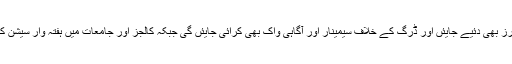
اعلامیے میں ہدایت کی گئی ہے کہ طلبہ کو ہر مہینے نشے کے موضوع پر لیکچرز بھی دئیے جایئں اور ڈرگ کے خلاف سیمینار اور آگاہی واک بھی کرائی جایئں گی جبکہ کالجز اور جامعات میں ہفتہ وار سیشن کے ذریعے طلبا کو نسوار اور سگریٹ سے دور رکھنے کی ترغیب دی جائے گی۔